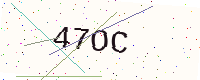
Text: 47OC